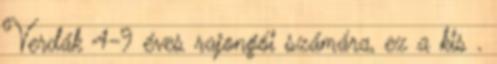
Verdák 4-9 éves rajongói számára, ez a kis .